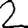
Digit: 2